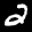
Label: 2